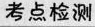
考点检测